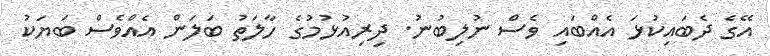
އޭގެ ދެބައިކުޅަ އެއްބައި ވެސް ނުލިބުނު. ދިރިއުޅުމުގެ ހާލަތު ބަލަން އެއްވެސް ބަޔަކު